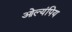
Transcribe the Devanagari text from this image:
ओल्यंपिय